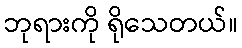
ဘုရားကို ရိုသေတယ်။